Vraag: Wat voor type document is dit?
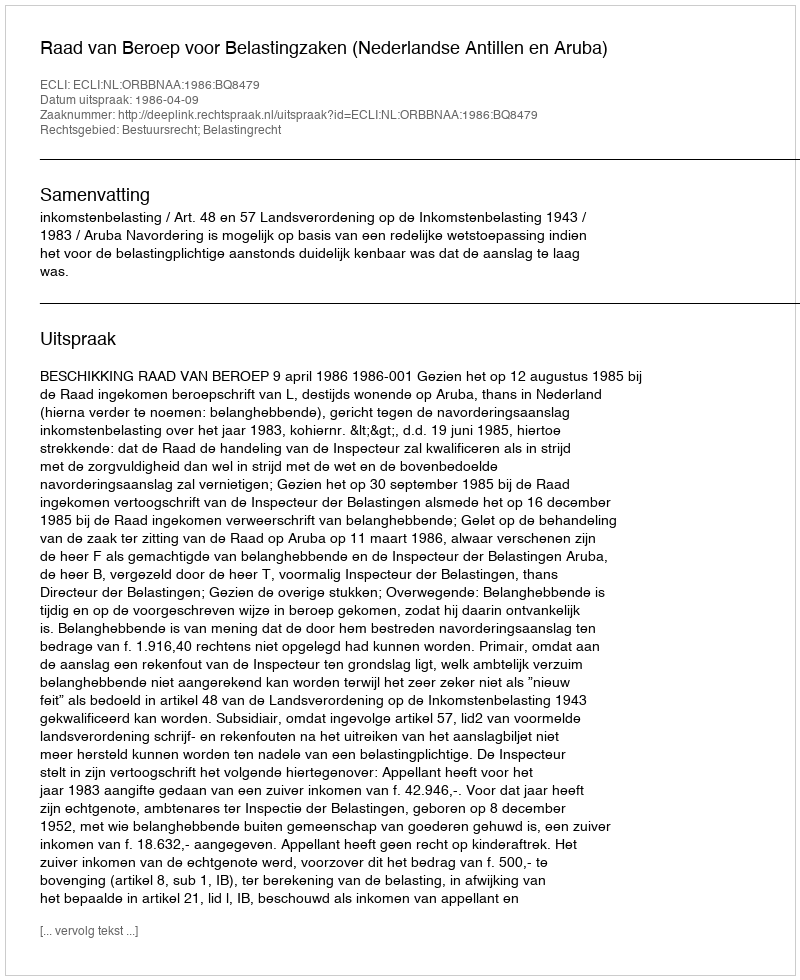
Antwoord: Uitspraak